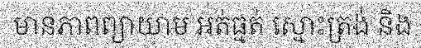
មានភាពព្យាយាម អត់ធ្មត់ ស្មោះត្រង់ និង